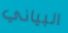
البياني